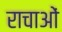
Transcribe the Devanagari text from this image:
राचाओं